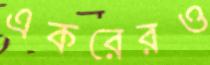
একরেরও